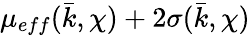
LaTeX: \mu_{eff}(\bar{k},\chi)+2\sigma(\bar{k},\chi)